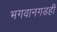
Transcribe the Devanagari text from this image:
भगवानगडही